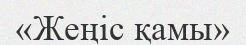
«Жеңіс қамы»